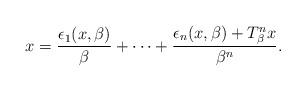
LaTeX: \begin{align*}x=\frac{\epsilon_1(x, \beta)}{\beta}+\cdots+\frac{\epsilon_n(x, \beta)+T_\beta^nx}{\beta^n}.\end{align*}